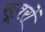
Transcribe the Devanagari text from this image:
सूवरों